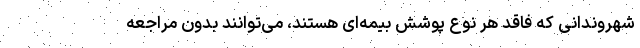
شهروندانی که فاقد هر نوع پوشش بیمه‌ای هستند، می‌توانند بدون مراجعه